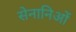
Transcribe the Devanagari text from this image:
सेनानिओं